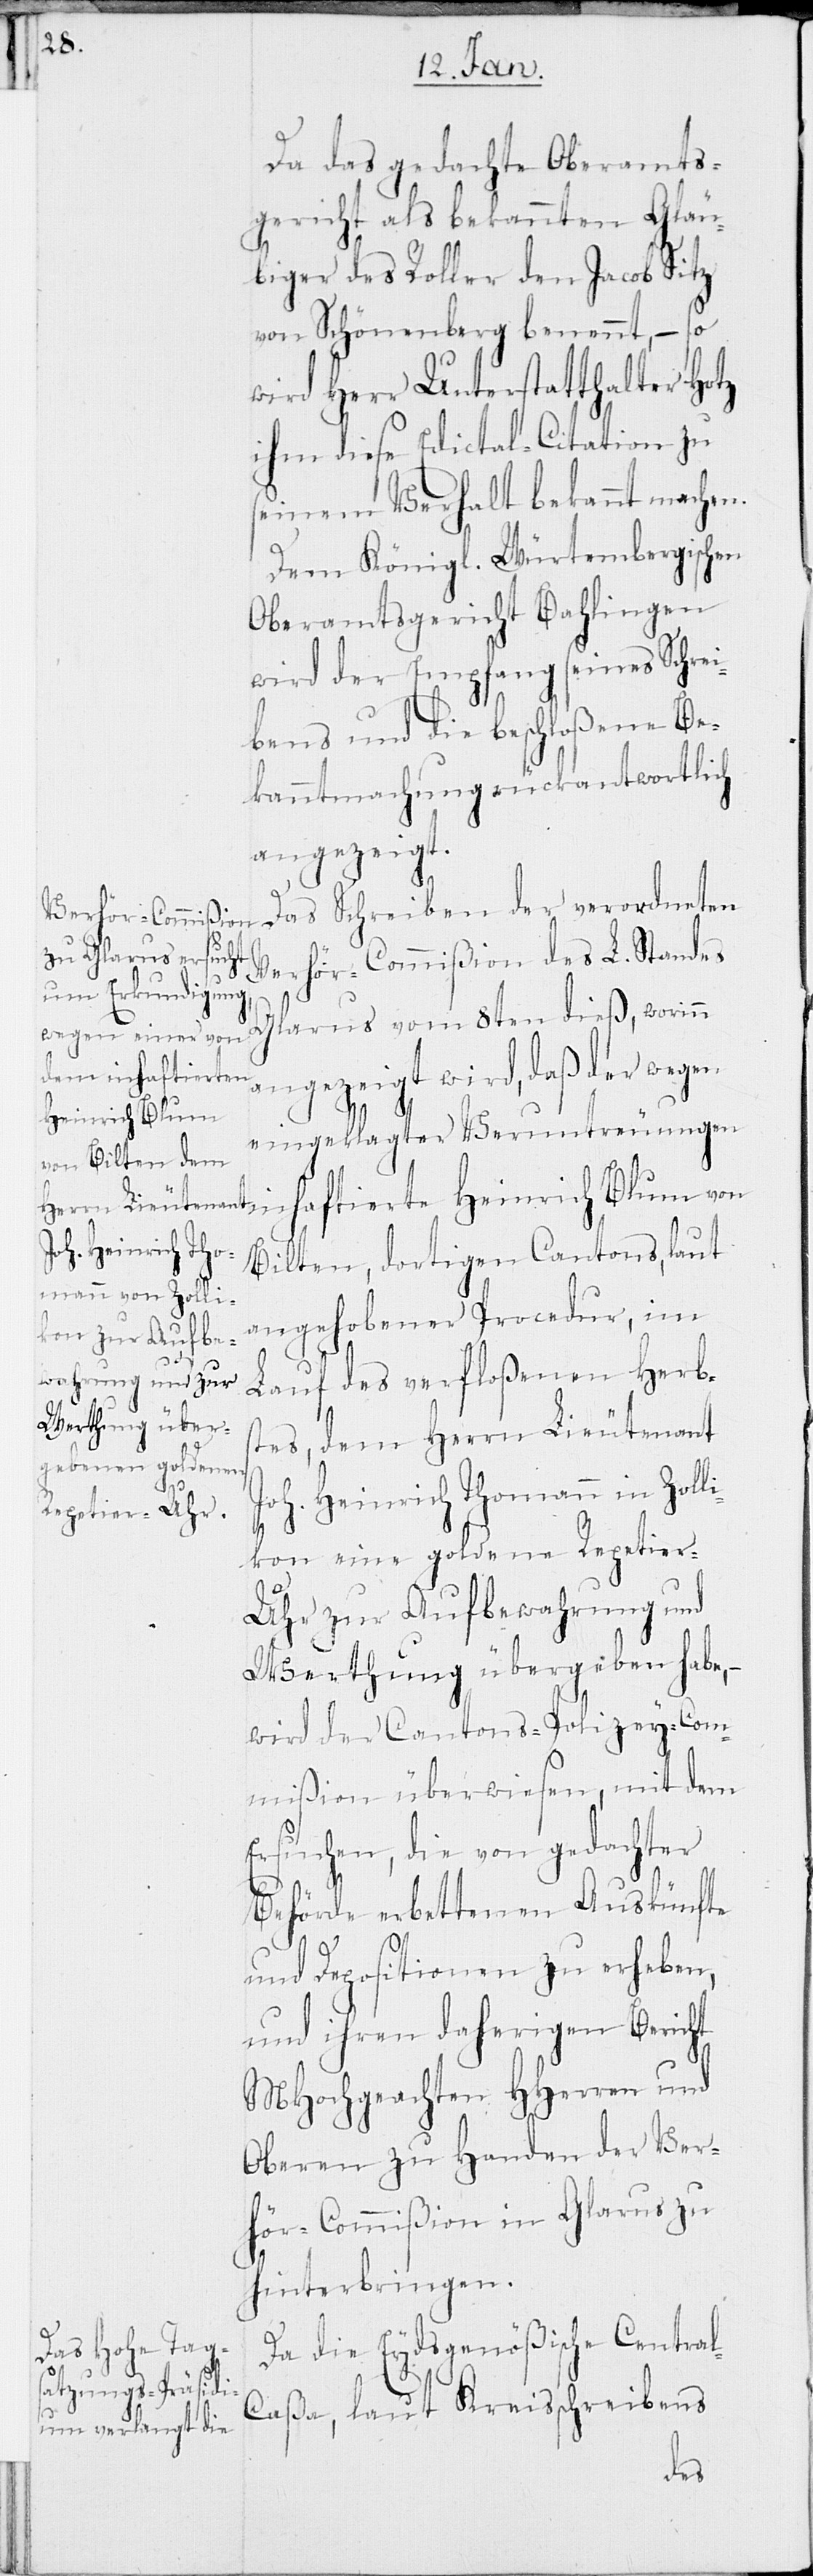
Da das gedachte Oberamts¬
gericht als bekannten Gläu¬
biger des Roller den Jakob Sitz
von Schönenberg benannt, – so
wird Herr Unterstatthalter Hotz
ihm diese Edictal-Citation zu
seinem Verhalt bekannt machen.
Dem Königl. Würtembergischen
Oberamtsgericht Bahlingen
wird der Empfang seines Schrei¬
bens und die beschloßene Be¬
kanntmachung rückantwortlich
angezeigt.
Das Schreiben der verordneten
Verhör-Commißion des L. Standes
Glarus vom 8ten dieß, worin
ngezeigt wird, daß der wegen
Heinrich Blum
eingeklagter Veruntreuungen
Bilten, dortigen Cantons, laut
angehobener Procedur, im
Lauf des verfloßenen Herbs¬
tes, dem Herrn Lieutenant
oh. Heinrich Thomann in Zolli¬
kon eine goldene Repetier-U¬
hr zur Aufbewahrung und
Werthung übergeben habe, –
wird der Cantons-Polizey-Com¬
mißion überwiesen, mit dem
Ersuchen, die von gedachter
l-C¬
Behörde erbettenen Auskünfte
und Depositionen zu erheben,
und ihren daherigen Bericht
MHochgeachten HHerren und
Oberen zu Handen der Ver¬
hör-Commißion in Glarus zu
hinterbringen.
Da die Eydsgenößische Centra¬
aßa, laut Kreisschreibens